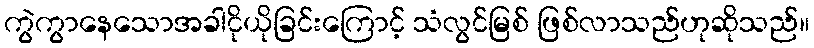
ကွဲကွာနေသောအခါငိုယိုခြင်းကြောင့် သံလွင်မြစ် ဖြစ်လာသည်ဟုဆိုသည်။